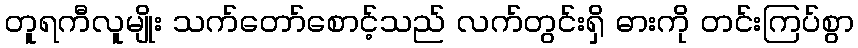
တူရကီလူမျိုး သက်တော်စောင့်သည် လက်တွင်းရှိ ဓားကို တင်းကြပ်စွာ